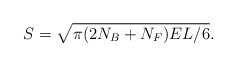
\begin{align*}S=\sqrt{\pi(2N_B+N_F)EL/6}.\end{align*}